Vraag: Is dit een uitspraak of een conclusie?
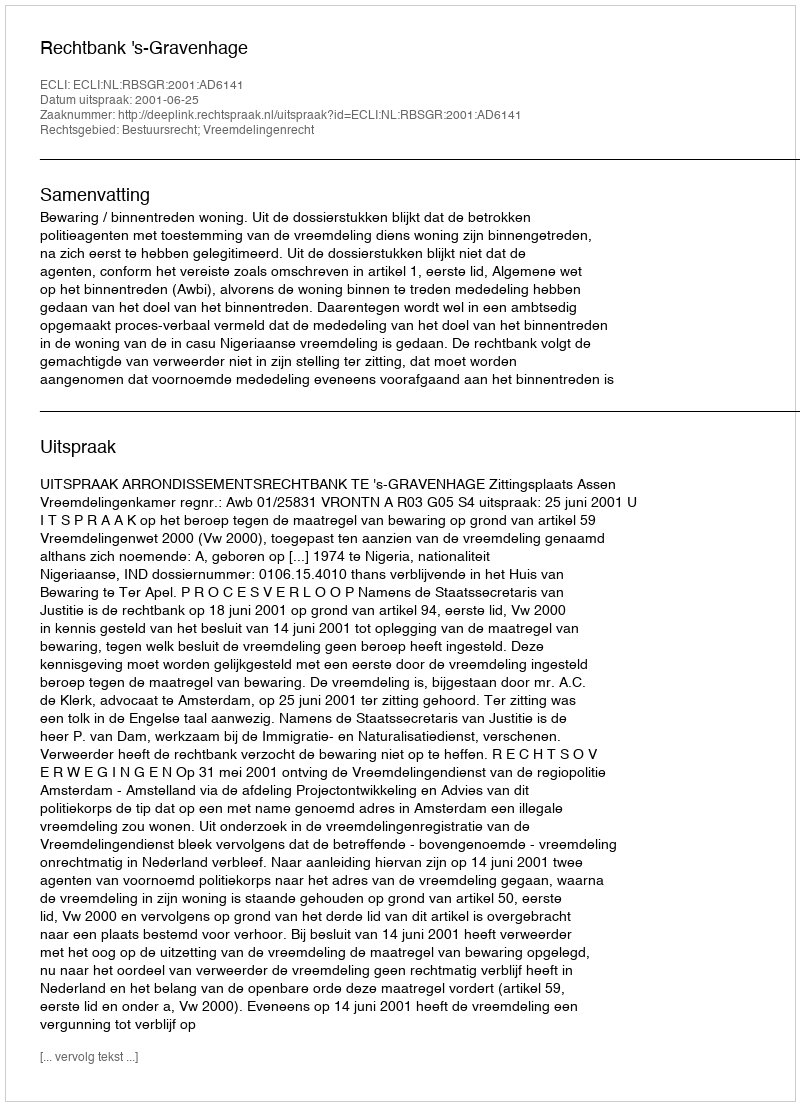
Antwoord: Uitspraak